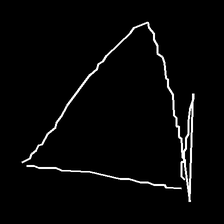
Glyph: convergence